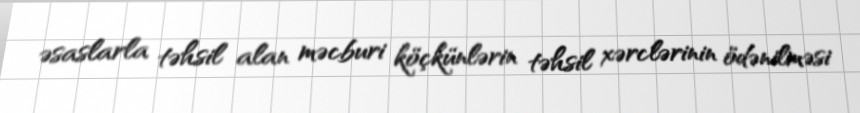
əsaslarla təhsil alan məcburi köçkünlərin təhsil xərclərinin ödənilməsi